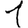
Digit: 1